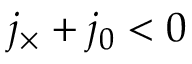
j _ { \times } + j _ { 0 } < 0